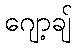
ဂျော့ချ်